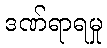
ဒဏ်ရာရမှု